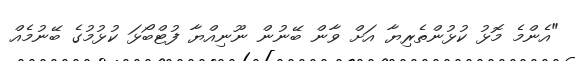
"އެންމެ މޮޅު ކުޅުންތެރިޔާ އަށް ވާން ބޭނުން ނޫނިއްޔާ ފުޓްބޯޅަ ކުޅުމުގެ ބޭނުމެއް